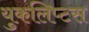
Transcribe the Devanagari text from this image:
युकलिप्टस